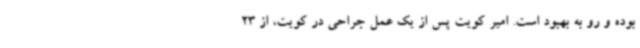
بوده و رو به بهبود است. امیر کویت پس از یک عمل جراحی در کویت، از 23